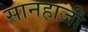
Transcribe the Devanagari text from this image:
सानहाजी